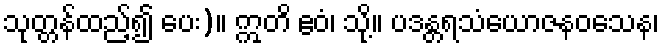
သုတ္တန်ထည့်၍ ပေး)။ ဣတိ ဧဝံ၊ သို့။ ပဒန္တရသံယောဇနဝသေန၊